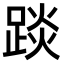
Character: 𨁹